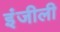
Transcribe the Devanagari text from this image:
इंजीली